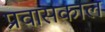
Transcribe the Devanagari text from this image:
प्रवासकाल